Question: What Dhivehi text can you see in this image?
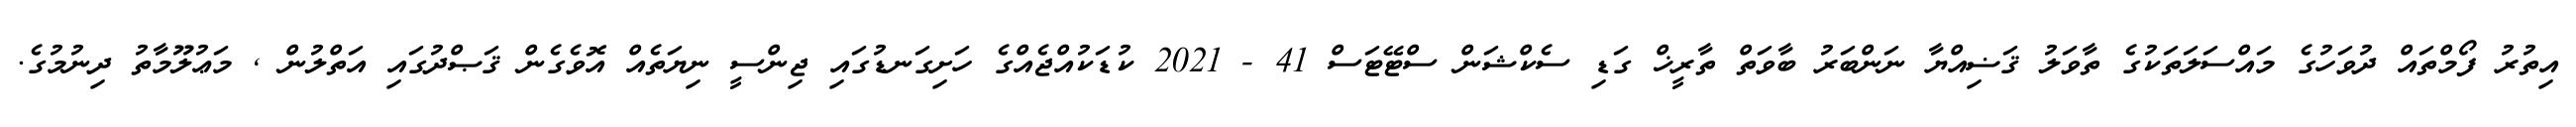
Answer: އިތުރު ފޯމްތައް ދުވަހުގެ މައްސަލަތަކުގެ ތާވަލު ޤަޟިއްޔާ ނަންބަރު ބާވަތް ތާރީޚް ގަޑި ސެކްޝަން ސްޓޭޓަސް 41 - 2021 ކުޑަކުއްޖެއްގެ ހަށިގަނޑުގައި ޖިންސީ ނިޔަތެއް އޮވެގެން ޤަޞްދުގައި އަތްލުން , މަޢުލޫމާތު ދިނުމުގެ.